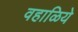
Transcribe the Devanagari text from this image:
वहाळिये